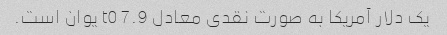
یک دلار آمریکا به صورت نقدی معادل t0 7.9 یوان است.